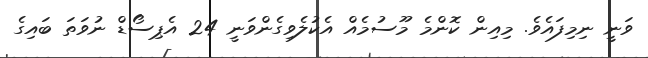
ވަނީ ނިމިފައެވެ. މިއިން ކޮންމެ މޫސުމެއް އެކުލެވިގެންވަނީ 24 އެޕިސޯޑް ނުވަތަ ބައިގެ